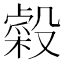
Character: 𣫋